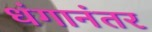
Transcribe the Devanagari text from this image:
धंगानंतर